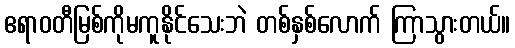
ဧရာဝတီမြစ်ကိုမကူနိုင်သေးဘဲ တစ်နှစ်လောက် ကြာသွားတယ်။